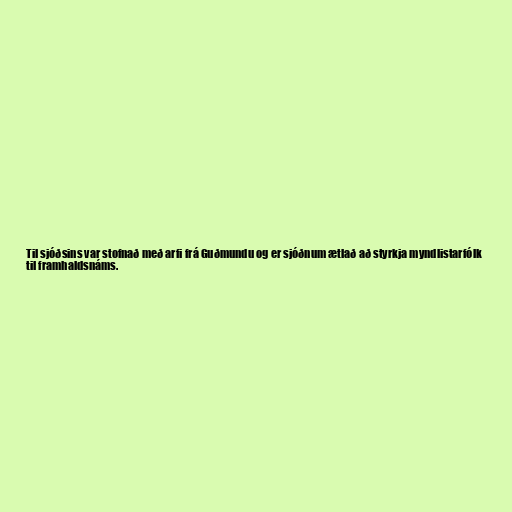
Til sjóðsins var stofnað með arfi frá Guðmundu og er sjóðnum ætlað að styrkja myndlistarfólk
til framhaldsnáms.